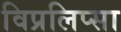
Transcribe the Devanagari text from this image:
विप्रलिप्सा